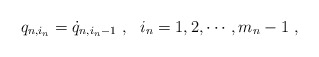
\begin{align*}q_{n,i_n}=\dot{q}_{n,i_n-1}\ ,\ \ i_n=1,2,\cdots,m_n-1\ ,\end{align*}